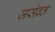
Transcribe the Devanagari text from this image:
जसंवत